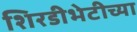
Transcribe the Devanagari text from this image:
शिरडीभेटीच्या